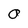
Character: O